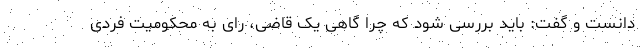
دانست و گفت: باید بررسی شود که چرا گاهی یک قاضی، رای به محکومیت فردی